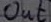
Text: out